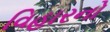
વિહારનો